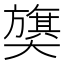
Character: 𫰁